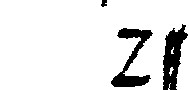
# der